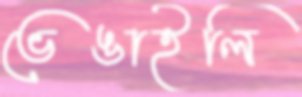
ভেঙাইলি